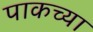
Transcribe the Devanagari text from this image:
पाकच्या